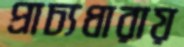
প্রাচ্যধারায়